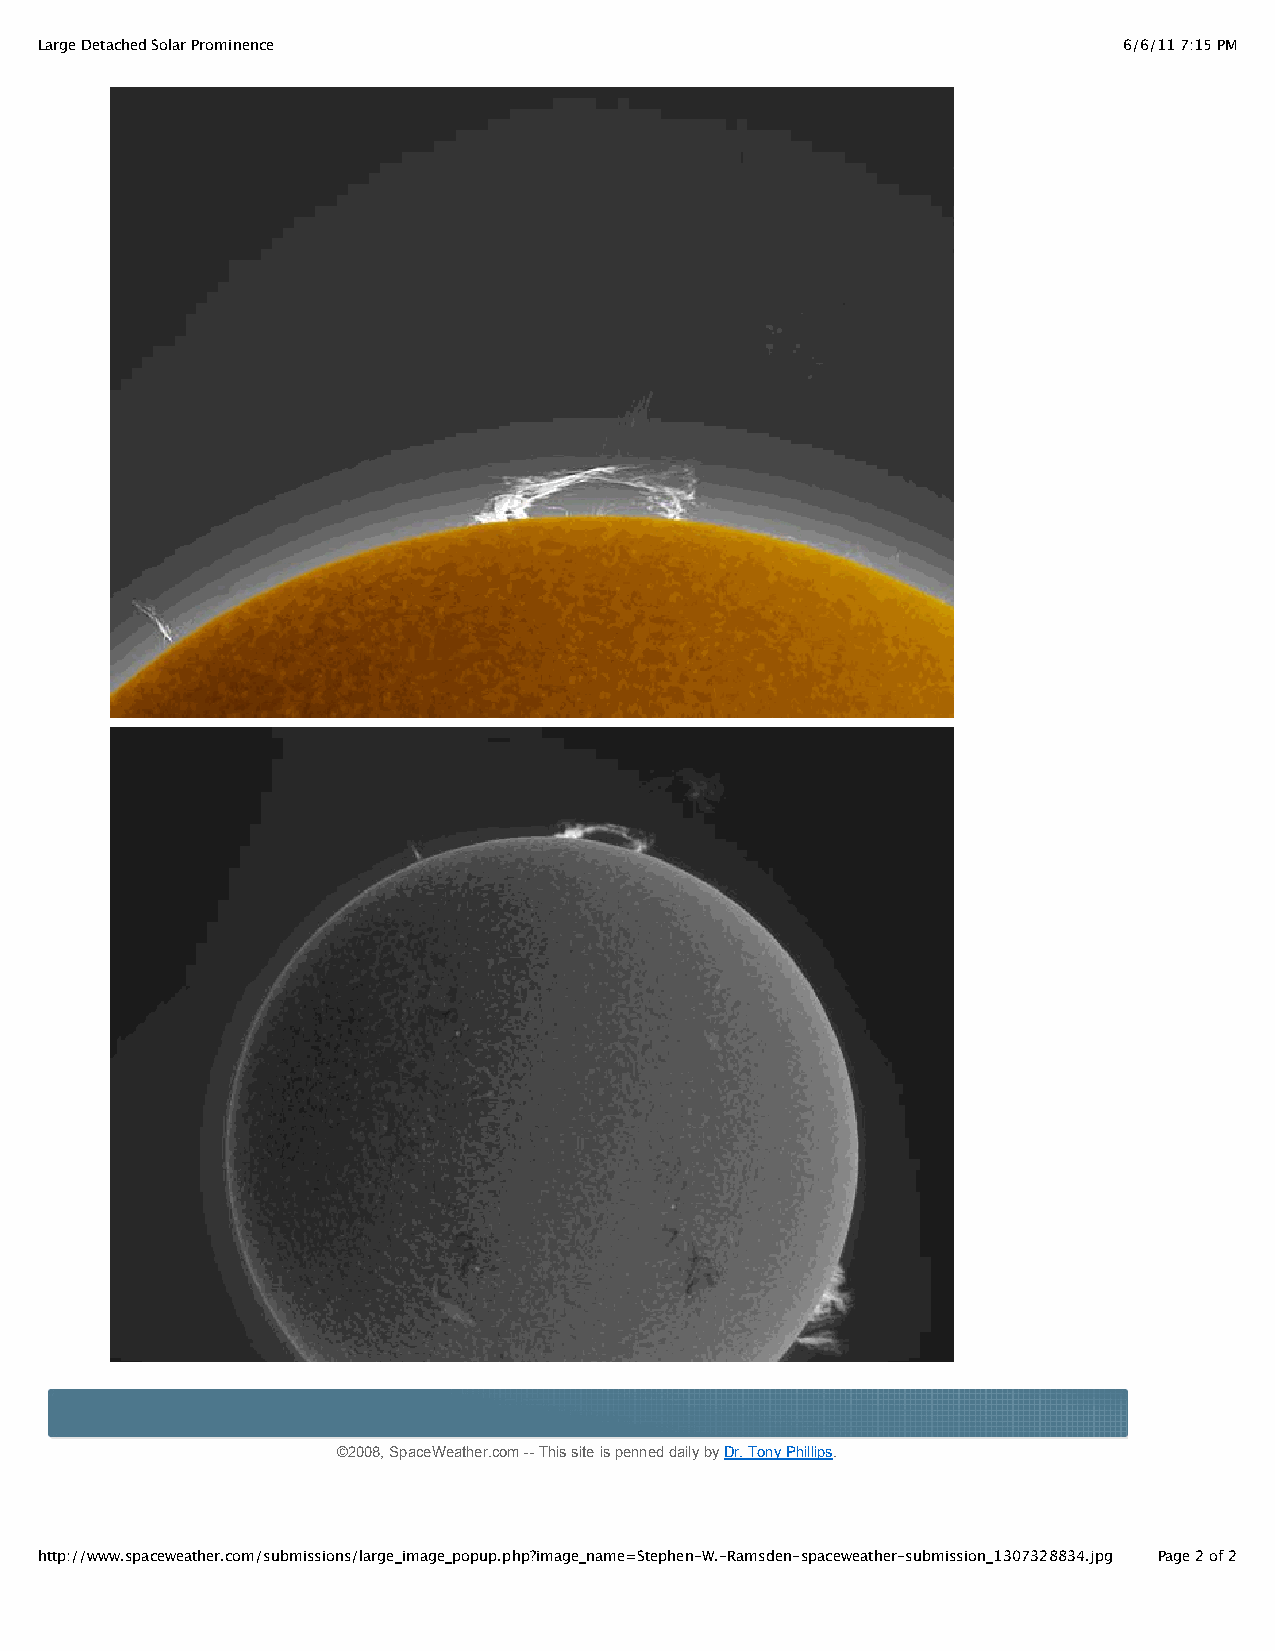
Large Detached Solar Prominence                                         6/6/11 7:15 PM
 ©2008, SpaceWeather.com -- This site is penned daily by Dr. Tony Phillips.
 http://www.spaceweather.com/submissions/large_image_popup.php?image_name=Stephen-W.-Ramsden-spaceweather-submission_1307328834.jpg Page 2 of 2